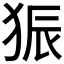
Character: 𪺼